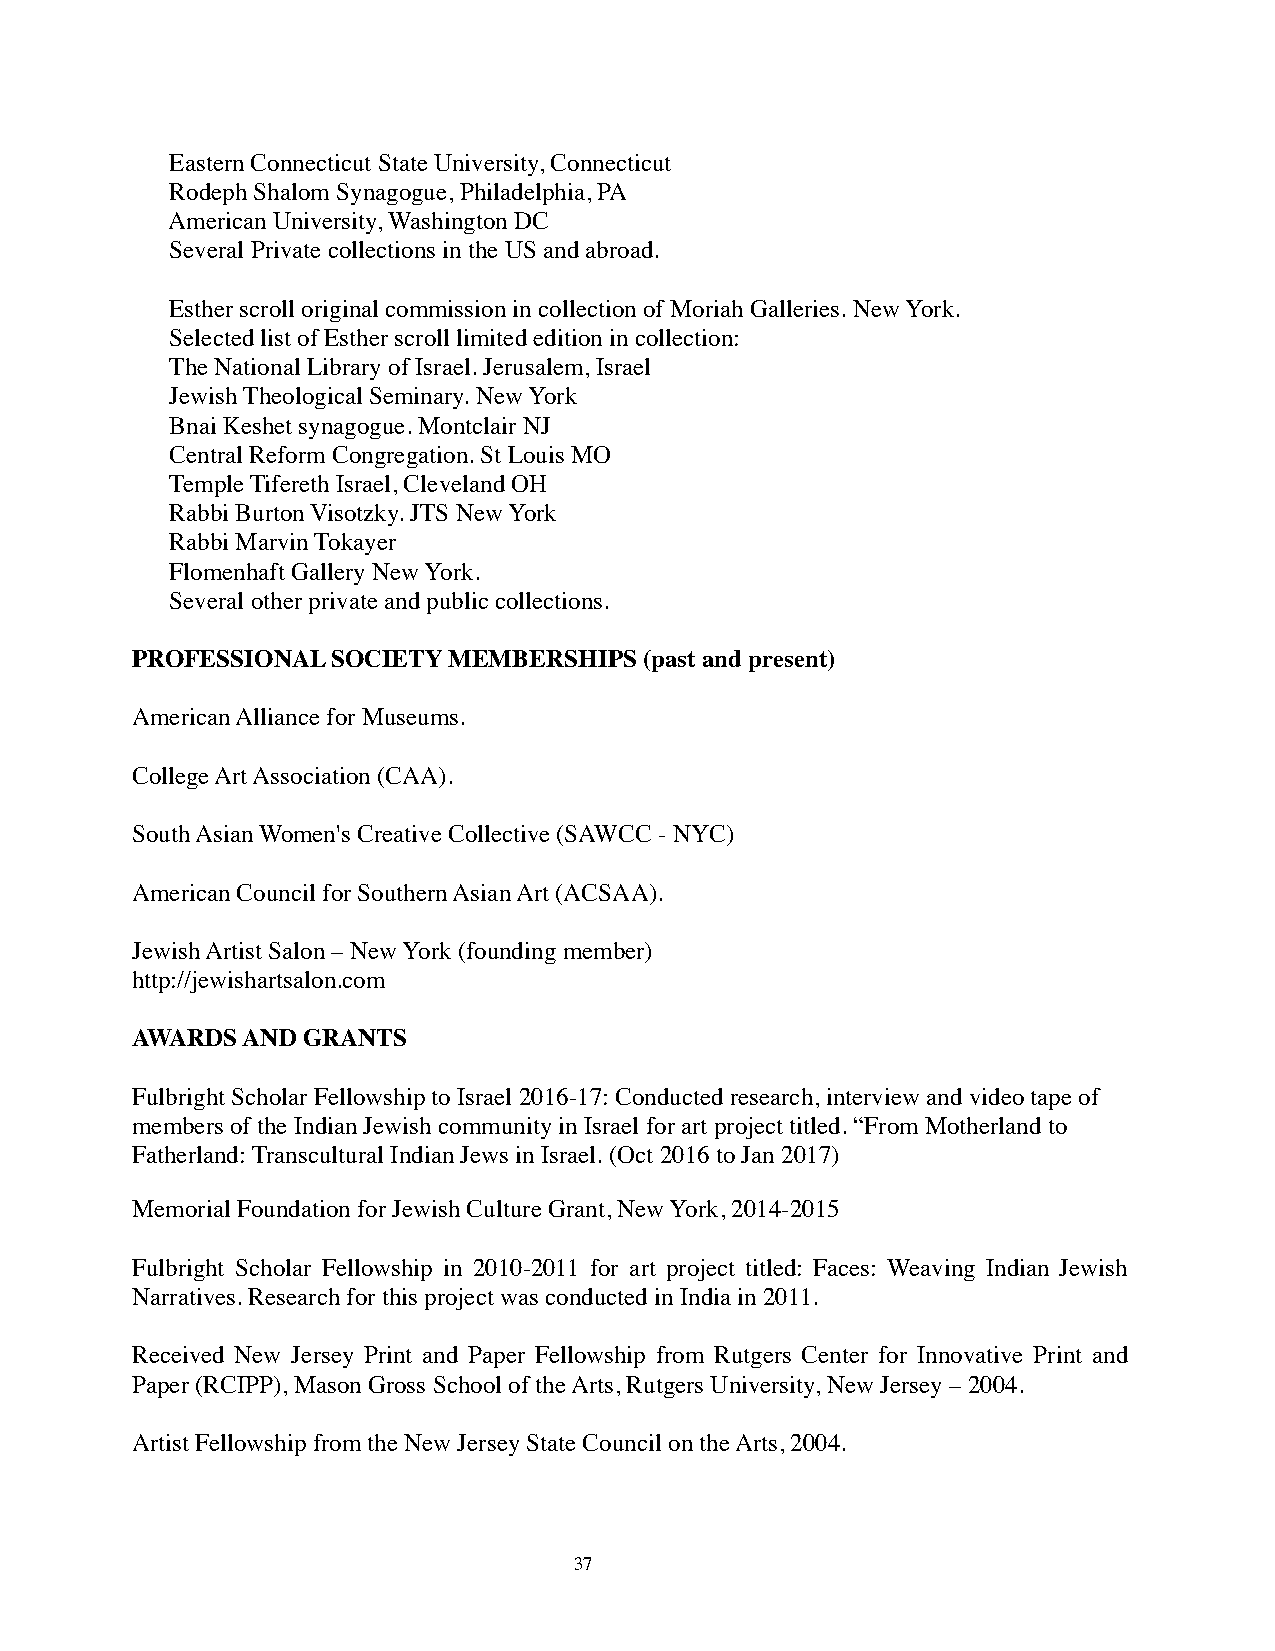
Eastern Connecticut State University, Connecticut
 Rodeph Shalom Synagogue, Philadelphia, PA
 American University, Washington DC
 Several Private collections in the US and abroad.
 Esther scroll original commission in collection of Moriah Galleries. New York.
 Selected list of Esther scroll limited edition in collection:
 The National Library of Israel. Jerusalem, Israel
 Jewish Theological Seminary. New York
 Bnai Keshet synagogue. Montclair NJ
 Central Reform Congregation. St Louis MO
 Temple Tifereth Israel, Cleveland OH
 Rabbi Burton Visotzky. JTS New York
 Rabbi Marvin Tokayer
 Flomenhaft Gallery New York.
 Several other private and public collections.
 PROFESSIONAL SOCIETY MEMBERSHIPS  (past and present)
 American Alliance for Museums.
 College Art Association (CAA).
 South Asian Women's Creative Collective (SAWCC - NYC)
 American Council for Southern Asian Art (ACSAA).
 Jewish Artist Salon – New York (founding member)
 http://jewishartsalon.com
 AWARDS AND GRANTS
 Fulbright Scholar Fellowship to Israel 2016-17: Conducted research, interview and video tape of
 members of the Indian Jewish community in Israel for art project titled. “From Motherland to
 Fatherland: Transcultural Indian Jews in Israel. (Oct 2016 to Jan 2017)
 Memorial Foundation for Jewish Culture Grant, New York, 2014-2015
 Fulbright Scholar Fellowship in 2010-2011 for art project titled: Faces: Weaving Indian Jewish
 Narratives. Research for this project was conducted in India in 2011.
 Received New Jersey Print and Paper Fellowship from Rutgers Center for Innovative Print and
 Paper (RCIPP), Mason Gross School of the Arts, Rutgers University, New Jersey – 2004.
 Artist Fellowship from the New Jersey State Council on the Arts, 2004.
 37